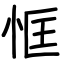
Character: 恇